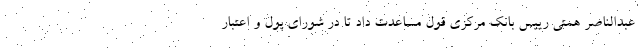
عبدالناصر همتی رییس بانک مرکزی قول مساعدت داد تا در شورای پول و اعتبار